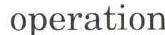
operation